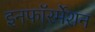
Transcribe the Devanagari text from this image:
इनफॉरर्मेशन